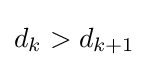
d_{k}>d_{k+1}